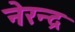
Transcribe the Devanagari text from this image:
नेरन्द्र